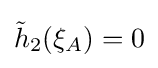
{\tilde {h}}_{2}(\xi _{A})=0